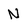
Character: N